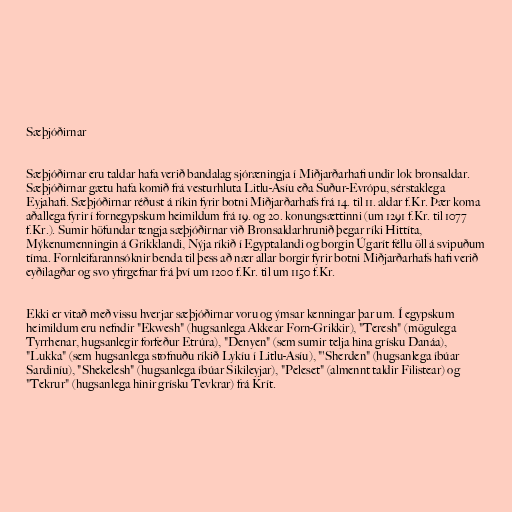
Sæþjóðirnar

Sæþjóðirnar eru taldar hafa verið bandalag sjóræningja í Miðjarðarhafi undir lok bronsaldar.
Sæþjóðirnar gætu hafa komið frá vesturhluta Litlu-Asíu eða Suður-Evrópu, sérstaklega
Eyjahafi. Sæþjóðirnar réðust á ríkin fyrir botni Miðjarðarhafs frá 14. til 11. aldar f.Kr. Þær koma
aðallega fyrir í fornegypskum heimildum frá 19. og 20. konungsættinni (um 1291 f.Kr. til 1077
f.Kr.). Sumir höfundar tengja sæþjóðirnar við Bronsaldarhrunið þegar ríki Hittíta,
Mýkenumenningin á Grikklandi, Nýja ríkið í Egyptalandi og borgin Úgarít féllu öll á svipuðum
tíma. Fornleifarannsóknir benda til þess að nær allar borgir fyrir botni Miðjarðarhafs hafi verið
eyðilagðar og svo yfirgefnar frá því um 1200 f.Kr. til um 1150 f.Kr.

Ekki er vitað með vissu hverjar sæþjóðirnar voru og ýmsar kenningar þar um. Í egypskum
heimildum eru nefndir "Ekwesh" (hugsanlega Akkear Forn-Grikkir), "Teresh" (mögulega
Tyrrhenar, hugsanlegir forfeður Etrúra), "Denyen" (sem sumir telja hina grísku Danáa),
"Lukka" (sem hugsanlega stofnuðu ríkið Lykíu í Litlu-Asíu), "'Sherden" (hugsanlega íbúar
Sardiníu), "Shekelesh" (hugsanlega íbúar Sikileyjar), "Peleset" (almennt taldir Filistear) og
"Tekrur" (hugsanlega hinir grísku Tevkrar) frá Krít.